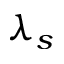
\lambda _ { s }